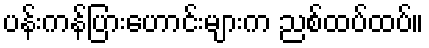
ပန်းကန်ပြားဟောင်းများက ညစ်ထပ်ထပ်။